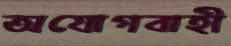
অযোগবাহী